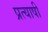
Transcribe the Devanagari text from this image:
प्रत्याषी